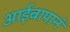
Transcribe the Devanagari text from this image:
आईबापानं